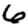
Digit: 6